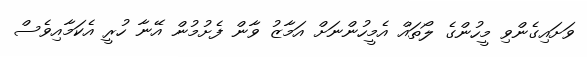
ވަށައިގެންވި މީހުންގެ ލޯތައް އެމީހުންނަށް އަމާޒު ވާން ފެށުމުން އޭނާ ހުރީ އެކަމާއިވެސް